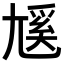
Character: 𡰄